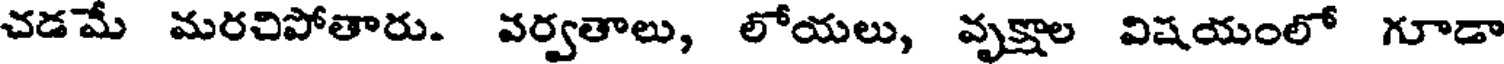
చడమే మరచిపోతారు. వర్వతాలు, లోయలు, వృక్షాల విషయంలో గూడా